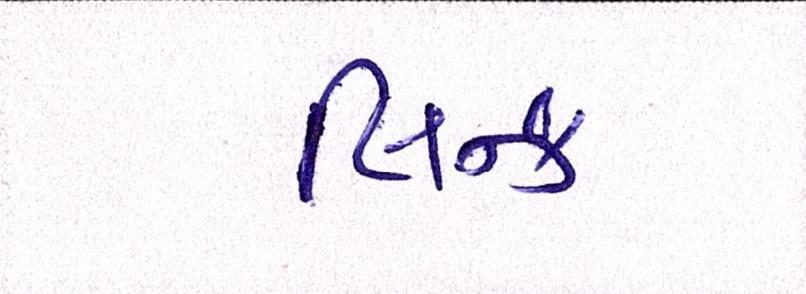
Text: લિન્ક